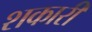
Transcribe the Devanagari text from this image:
शकारी